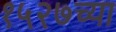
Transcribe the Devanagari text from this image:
१५२७च्या